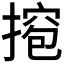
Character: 𫽵